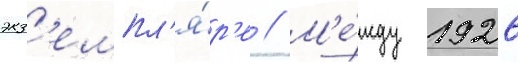
экз'емпл'я́р'е // М'е́жду 1926